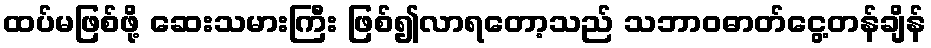
ထပ်မဖြစ်ဖို့ ဆေးသမားကြီး ဖြစ်၍လာရတော့သည် သဘာဝဓာတ်ငွေ့တန်ချိန်